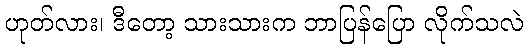
ဟုတ်လား၊ ဒီတော့ သားသားက ဘာပြန်ပြော လိုက်သလဲ